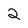
Character: 2